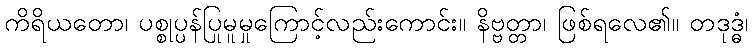
ကိရိယတော၊ ပစ္စုပ္ပန်ပြုမူမှုကြောင့်လည်းကောင်း။ နိဗ္ဗတ္တာ၊ ဖြစ်ရလေ၏။ တဒုဒ္ဓံ၊